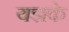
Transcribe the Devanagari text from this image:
यज्ञके